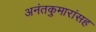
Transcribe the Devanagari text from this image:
अनंतकुमारांसह